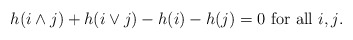
\begin{align*}h(i\wedge j)+h(i\vee j)-h(i)-h(j)=0 \mbox{ for all $i,j$.}\end{align*}